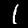
Digit: 1